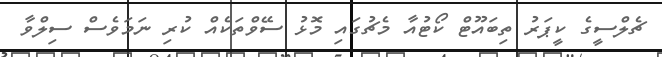
ޗެލްސީގެ ކީޕަރު ތިބައޫޓް ކޯޓުއާ މެޗުގައި މޮޅު ސޭވްތަކެއް ކުރި ނަމަވެސް ސިލްވާ